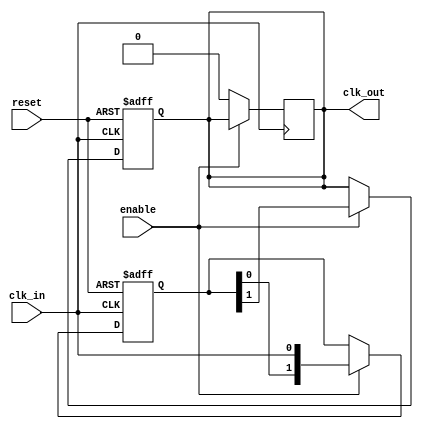
module DelayClockBuffer #(
    parameter DELAY_CYCLES = 2 // Number of clock cycles to delay
)(
    input wire clk_in,          // Input clock signal
    input wire enable,          // Enable signal
    input wire reset,           // Asynchronous reset signal
    output reg clk_out          // Delayed clock signal
);

    // Internal register to hold the delayed clock
    reg [DELAY_CYCLES-1:0] delay_reg;

    // Asynchronous reset and clocking behavior
    always @(posedge clk_in or posedge reset) begin
        if (reset) begin
            // Reset the delay register and output clock
            delay_reg <= 0;
            clk_out <= 0;
        end else if (enable) begin
            // Shift the delay register on each clock cycle
            delay_reg <= {delay_reg[DELAY_CYCLES-2:0], clk_in};
            // Output the last value in the delay register
            clk_out <= delay_reg[DELAY_CYCLES-1];
        end
    end

    // If not enabled, hold the output low (or you can define a different behavior)
    always @(negedge clk_in) begin
        if (!enable) begin
            clk_out <= 0; // or maintain previous state
        end
    end

endmodule